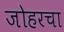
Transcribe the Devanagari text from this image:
जोहरचा